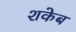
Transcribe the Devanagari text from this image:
शकेब